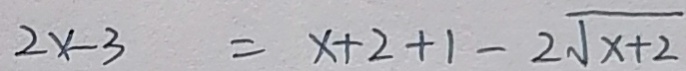
2 x - 3 = x + 2 + 1 - 2 \sqrt { x + 2 }